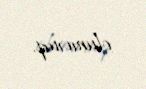
olunuruq.